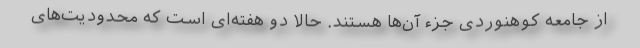
از جامعه کوهنوردی جزء آن‌ها هستند. حالا دو هفته‌ای است که محدودیت‌های